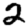
Digit: 2